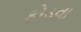
ફોડવા